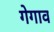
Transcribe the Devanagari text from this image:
गेगाव